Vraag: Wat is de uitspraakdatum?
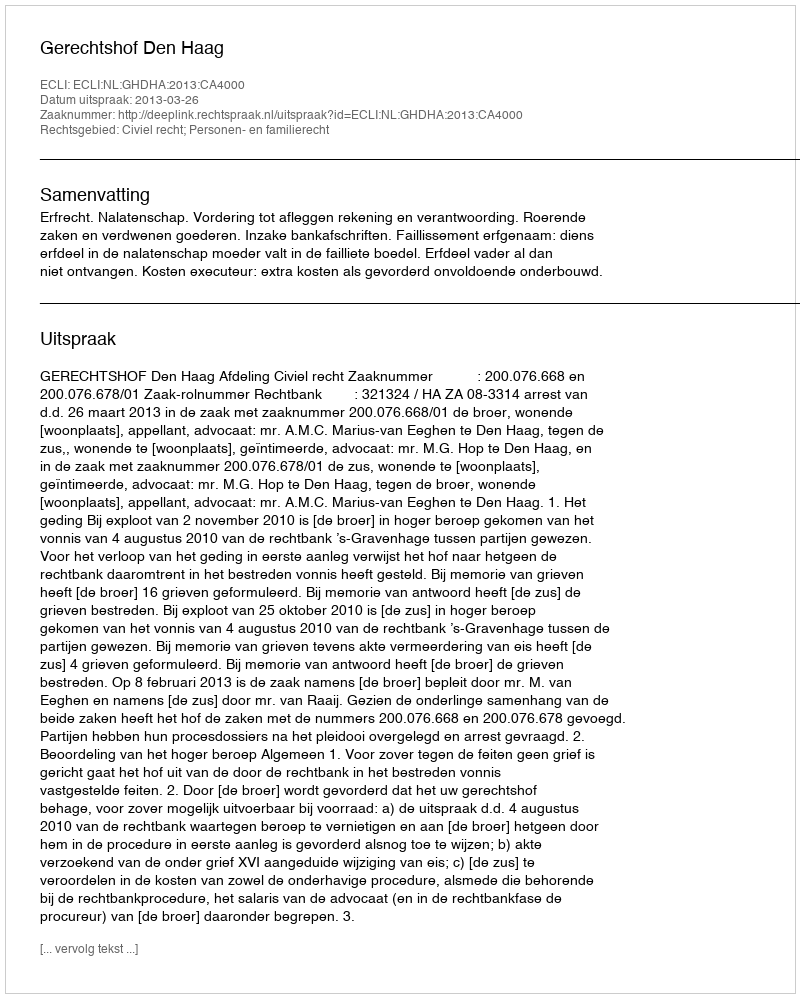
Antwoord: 2013-03-26